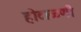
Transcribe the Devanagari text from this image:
होटाळणी